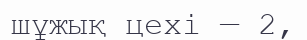
шұжық цехі — 2,